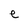
Character: e